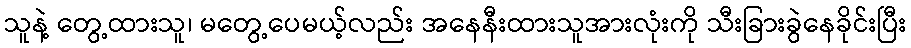
သူနဲ့ တွေ့ထားသူ၊ မတွေ့ပေမယ့်လည်း အနေနီးထားသူအားလုံးကို သီးခြားခွဲနေခိုင်းပြီး